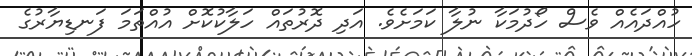
ހުއްދައެއް ވެސް ހޯދުމަކާ ނުލާ ކަމަށެވެ. އަދި ދޮރުތައް ހަލާކުކޮށް އުއްތަމަ ފަނޑިޔާރުގެ